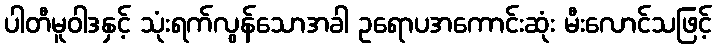
ပါတီမူဝါဒနှင့် သုံးရက်လွန်သောအခါ ဥရောပအကောင်းဆုံး မီးလောင်သဖြင့်